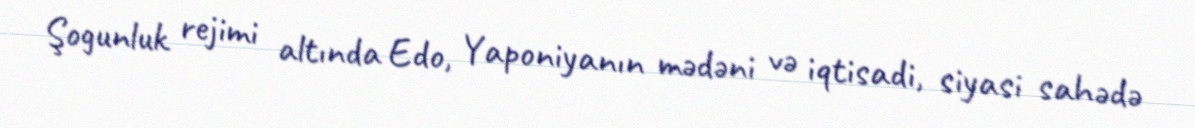
Şogunluk rejimi altında Edo, Yaponiyanın mədəni və iqtisadi, siyasi sahədə